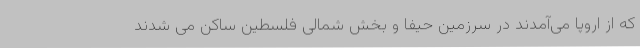
که از اروپا می‌آمدند در سرزمین حیفا و بخش شمالی فلسطین ساکن می شدند